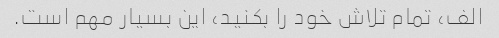
الف، تمام تلاش خود را بکنید، این بسیار مهم است.